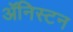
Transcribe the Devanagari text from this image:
ॲनिस्टन